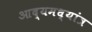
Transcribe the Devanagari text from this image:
आद्यमध्यांत्र